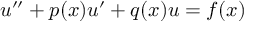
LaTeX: u ^ { \prime \prime } + p ( x ) u ^ { \prime } + q ( x ) u = f ( x )